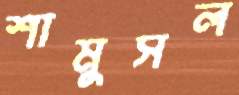
শামুসল